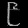
Digit: ၉